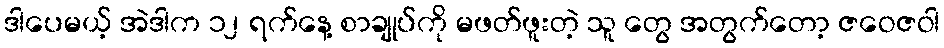
ဒါပေမယ့် အဲဒါက ၁၂ ရက်နေ့ စာချုပ်ကို မဖတ်ဖူးတဲ့ သူ တွေ အတွက်တော့ ဇဝေဇဝါ